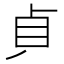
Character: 𭾛